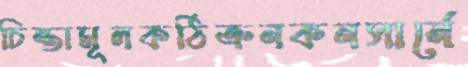
চিন্তামূলকঠিক্‌রনকনসার্নে